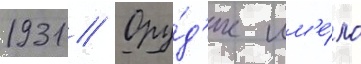
1931 // Ору́д'ие им'е́ло